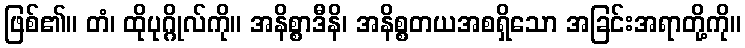
ဖြစ်၏။ တံ၊ ထိုပုဂ္ဂိုလ်ကို။ အနိစ္စာဒီနိ၊ အနိစ္စတယအစရှိသော အခြင်းအရာတို့ကို။